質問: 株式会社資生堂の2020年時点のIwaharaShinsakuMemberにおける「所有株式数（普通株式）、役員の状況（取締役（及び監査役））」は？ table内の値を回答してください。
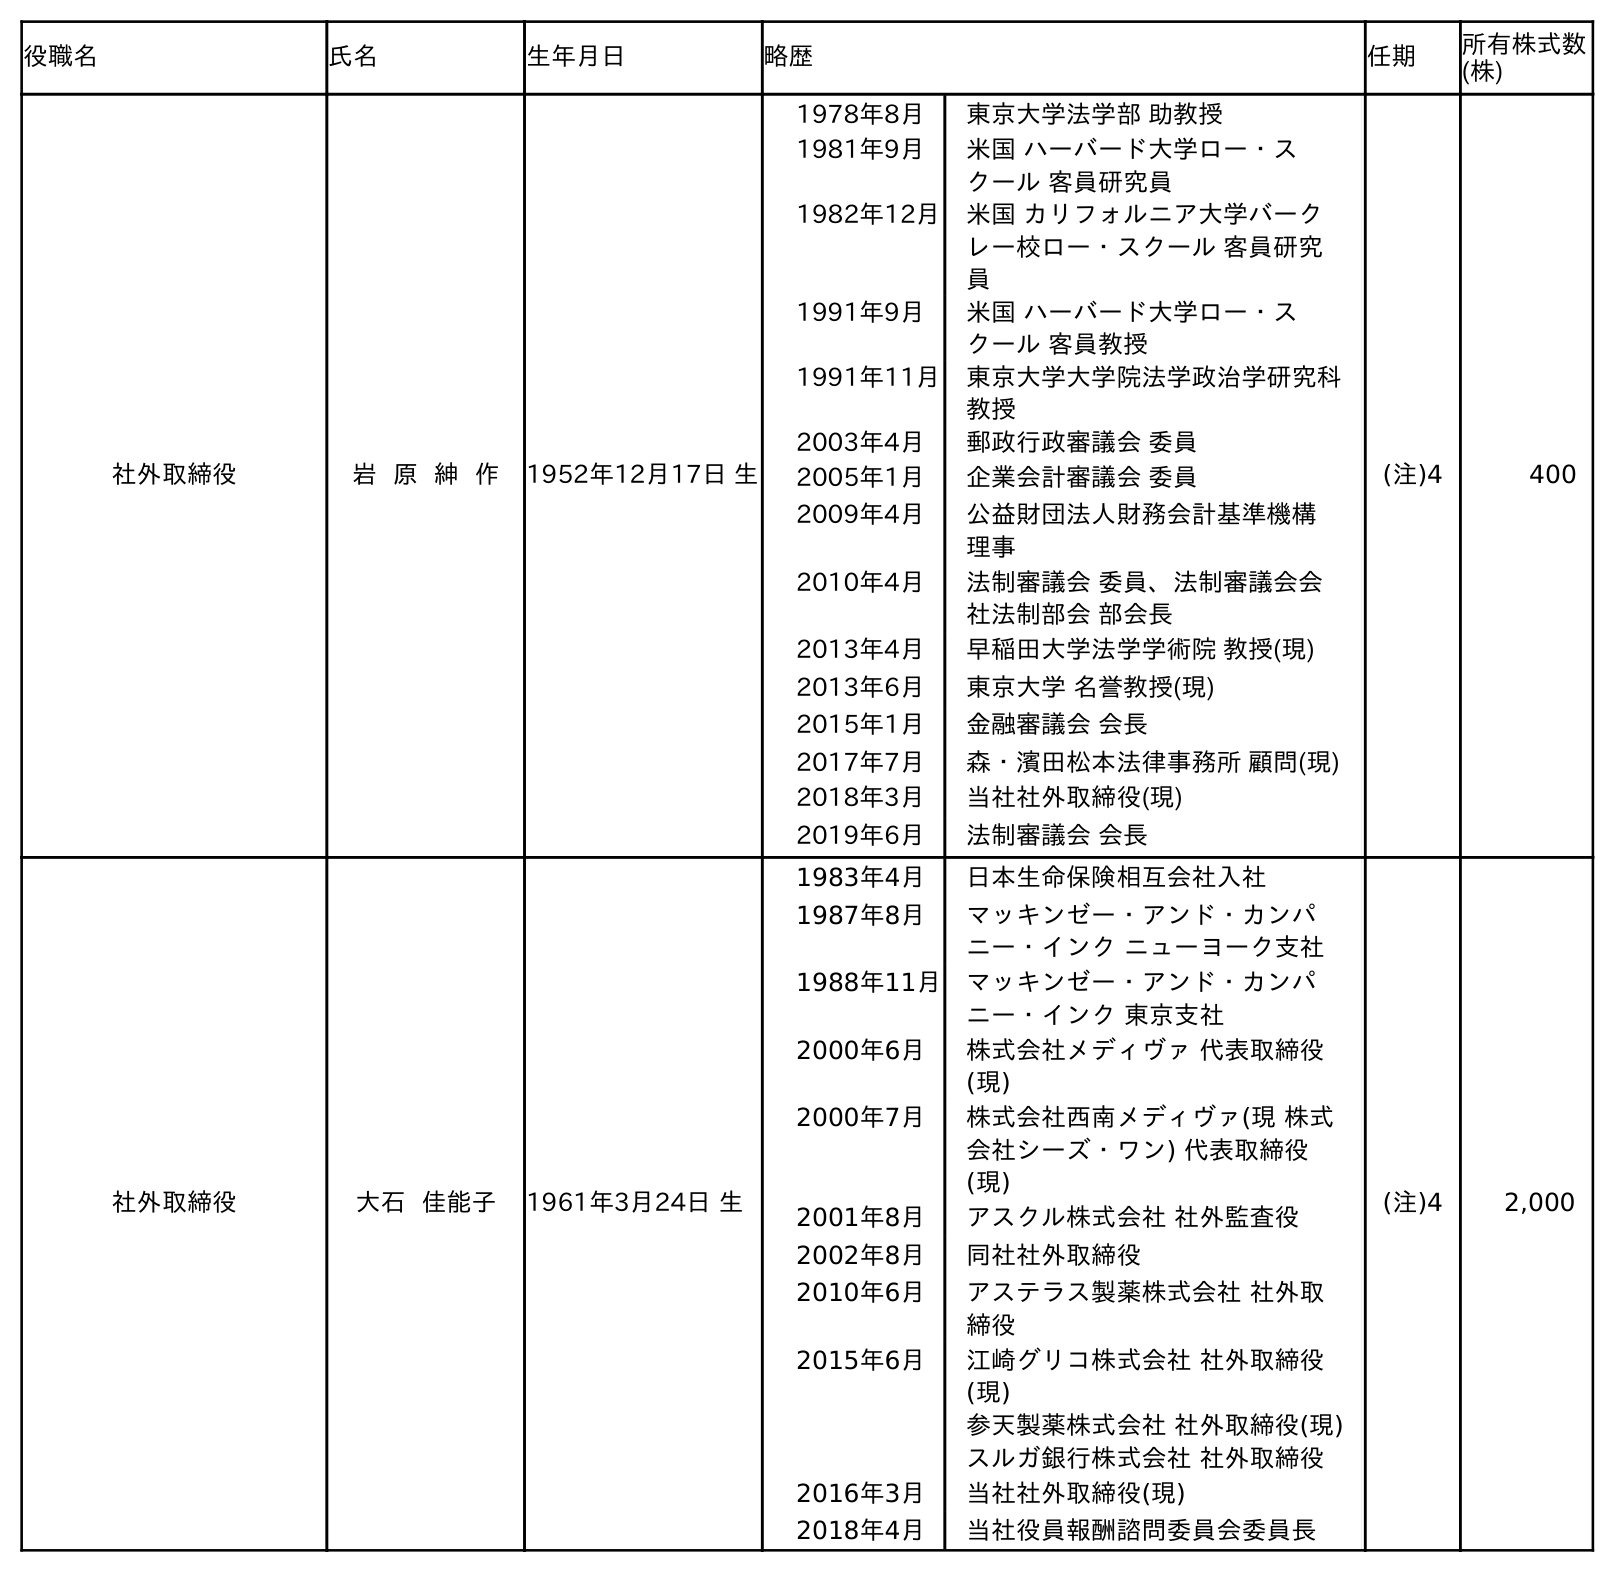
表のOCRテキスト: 役職名 氏名 生年月日 略歴 任期 所有株式数 (株) 社外取締役 岩 原 紳 作 1952年12月17日 生 1978年8月 東京大学法学部 助教授 1981年9月 米国 ハーバード大学ロー・ス クール 客員研究員 1982年12月 米国 カリフォルニア大学バーク レー校ロー・スクール 客員研究 員 1991年9月 米国 ハーバード大学ロー・ス クール 客員教授 1991年11月 東京大学大学院法学政治学研究科 教授 2003年4月 郵政行政審議会 委員 2005年1月 企業会計審議会 委員 2009年4月 公益財団法人財務会計基準機構 理事 2010年4月 法制審議会 委員、法制審議会会 社法制部会 部会長 2013年4月 早稲田大学法学学術院 教授(現) 2013年6月 東京大学 名誉教授(現) 2015年1月 金融審議会 会長 2017年7月 森・濱田松本法律事務所 顧問(現) 2018年3月 当社社外取締役(現) 2019年6月 法制審議会 会長 (注)4 400 社外取締役 大石 佳能子 1961年3月24日 生 1983年4月 日本生命保険相互会社入社 1987年8月 マッキンゼー・アンド・カンパ ニー・インク ニューヨーク支社 1988年11月 マッキンゼー・アンド・カンパ ニー・インク 東京支社 2000年6月 株式会社メディヴァ 代表取締役 (現) 2000年7月 株式会社西南メディヴァ(現 株式 会社シーズ・ワン) 代表取締役 (現) 2001年8月 アスクル株式会社 社外監査役 2002年8月 同社社外取締役 2010年6月 アステラス製薬株式会社 社外取 締役 2015年6月 江崎グリコ株式会社 社外取締役 (現) 参天製薬株式会社 社外取締役(現) スルガ銀行株式会社 社外取締役 2016年3月 当社社外取締役(現) 2018年4月 当社役員報酬諮問委員会委員長 (注)4 2,000
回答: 400